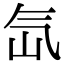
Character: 氙